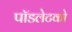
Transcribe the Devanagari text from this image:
पॉडलेटको